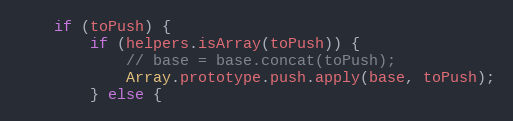
Language: JavaScript
	if (toPush) {
		if (helpers.isArray(toPush)) {
			// base = base.concat(toPush);
			Array.prototype.push.apply(base, toPush);
		} else {